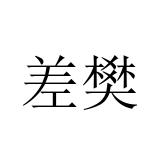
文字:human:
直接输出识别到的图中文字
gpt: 差樊